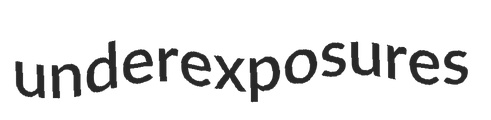
underexposures